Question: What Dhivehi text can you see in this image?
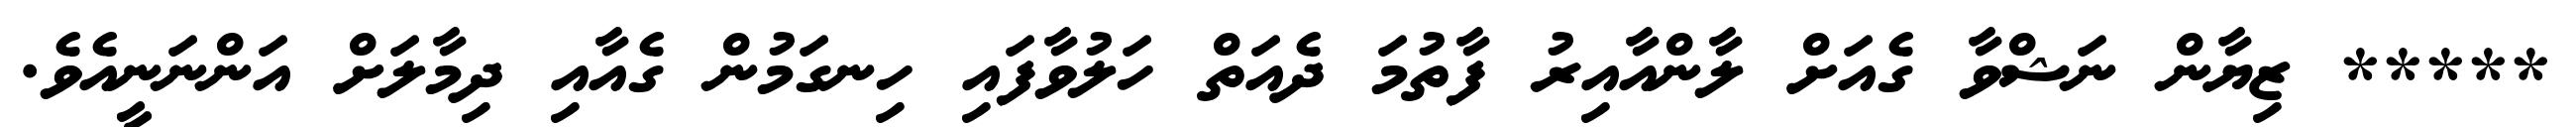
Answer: ***** ޒިޔާން ނަޝްވާ ގެއަށް ލާންއާއިރު ފާތުމަ ދެއަތް ހަލުވާފައި ހިނގަމުން ގެއާއި ދިމާލަށް އަންނަނީއެވެ.